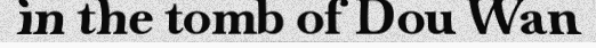
in the tomb of Dou Wan